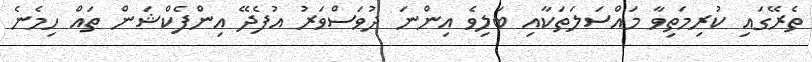
ތެރޭގައި ކުރިމަތިވާ މައްސަލަތަކާއި ބަލިވެ އިންނަ ދުވަސްވަރު އުފެދޭ އިންފެކްޝަން ތައް ހިމެނެ